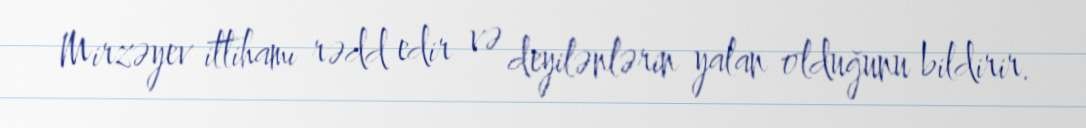
Mirzəyev ittihamı rədd edir və deyilənlərin yalan olduğunu bildirir.